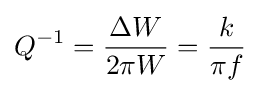
Q^{-1}={\frac {\Delta W}{2\pi W}}={\frac {k}{\pi f}}